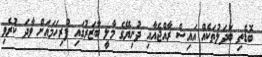
ބޮޑެތި ބަދަލުތަކެއް އައިސް ރާއްޖެއާއި ދުނިޔޭގެ މާލީ ބާޒަރުގައި ފުރިހަމައަށް ވާދަ ކުރެވި